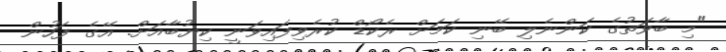
"މި ބާވަތުގެ ކަންނެލި ބޭނި ކަމަށް ރެކޯޑް ކުރެވިފައިވަނީ ކިޔުބާއަށް. އޭގެ ފަހުން